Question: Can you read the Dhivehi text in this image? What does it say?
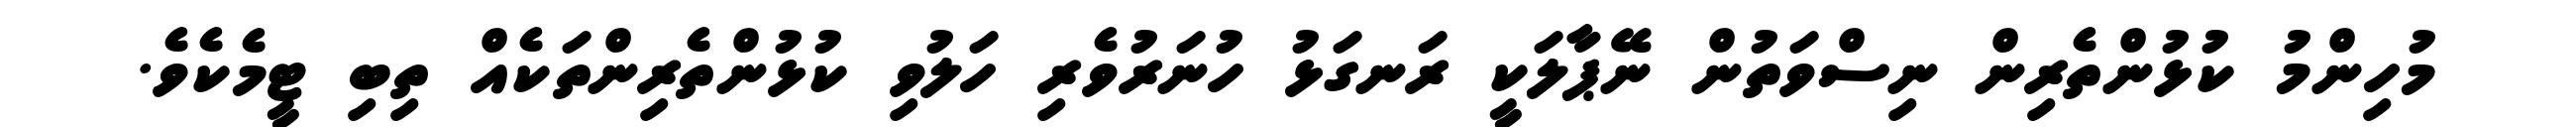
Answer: މުހިންމު ކުޅުންތެރިން ނިސްވަތުން ނޭޕާލަކީ ރަނގަޅު ހުނަރުވެރި ހަލުވި ކުޅުންތެރިންތަކެއް ތިބި ޓީމެކެވެ.